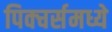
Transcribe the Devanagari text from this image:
पिक्चर्समध्ये